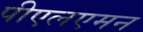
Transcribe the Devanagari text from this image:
पीएलएमन